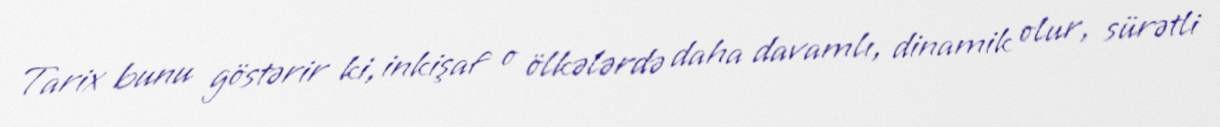
Tarix bunu göstərir ki, inkişaf o ölkələrdə daha davamlı, dinamik olur, sürətli